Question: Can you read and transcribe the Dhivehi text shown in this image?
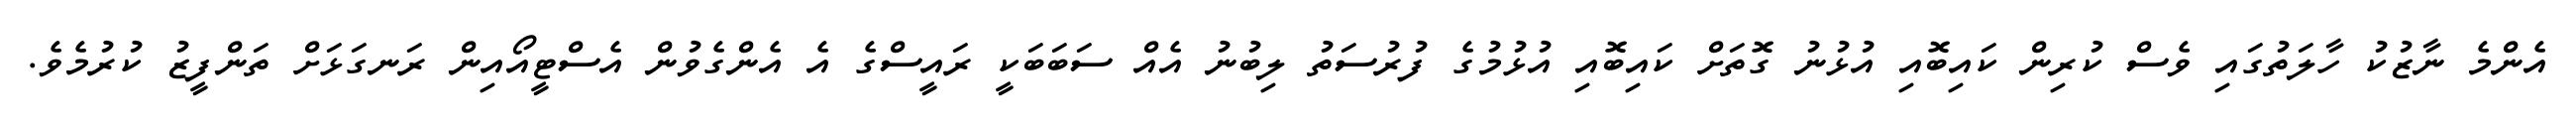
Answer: އެންމެ ނާޒުކު ހާލަތުގައި ވެސް ކުރިން ކައިބޮއި އުޅުނު ގޮތަށް ކައިބޮއި އުޅުމުގެ ފުރުސަތު ލިބުނު އެއް ސަބަބަކީ ރައީސްގެ އެ އެންގެވުން އެސްޓީއޯއިން ރަނގަޅަށް ތަންފީޒު ކުރުމެވެ.